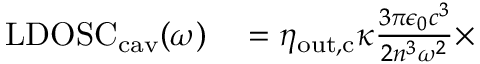
\begin{array} { r l } { \mathrm { L D O S C } _ { \mathrm { c a v } } ( \omega ) } & { { } = \eta _ { \mathrm { o u t , c } } \kappa \frac { 3 \pi \epsilon _ { 0 } c ^ { 3 } } { 2 n ^ { 3 } \omega ^ { 2 } } \times } \end{array}